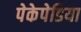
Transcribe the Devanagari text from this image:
पेकेपेडिया